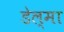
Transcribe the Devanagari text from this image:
डेल्मा